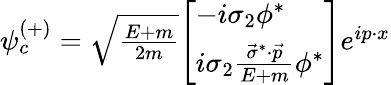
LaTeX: \psi_{c}^{(+)}=\textstyle{\sqrt{\frac{E+m}{2m}}}{\left[\begin{array}{l}{-i\sigma_{2}\phi^{*}}\\ {i\sigma_{2}{\frac{{\vec{\sigma}}^{*}\cdot{\vec{p}}}{E+m}}\phi^{*}}\end{array}\right]}e^{ip\cdot x}